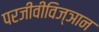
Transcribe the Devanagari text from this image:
परजीवीविज्ञान